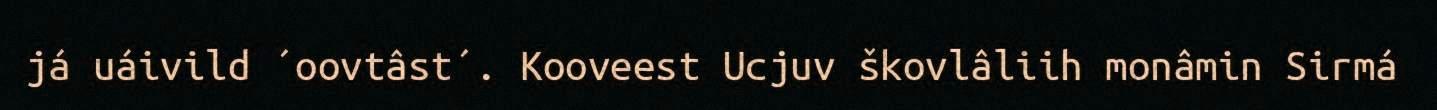
já uáivild ´oovtâst´. Kooveest Ucjuv škovlâliih monâmin Sirmá